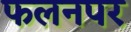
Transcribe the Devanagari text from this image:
फलनपर